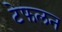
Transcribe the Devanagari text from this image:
टेफलन